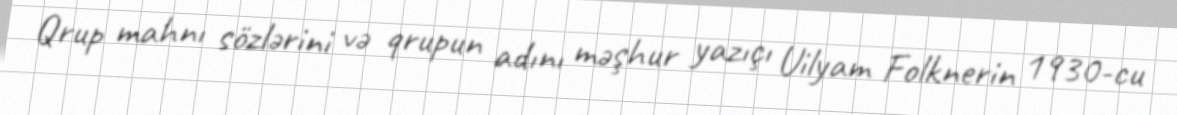
Qrup mahnı sözlərini və qrupun adını məşhur yazıçı Uilyam Folknerin 1930-cu